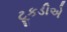
ટૂકડીએ